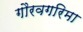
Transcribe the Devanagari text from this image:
गौरवगरिमा